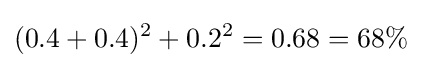
(0.4+0.4)^{2}+0.2^{2}=0.68=68\%